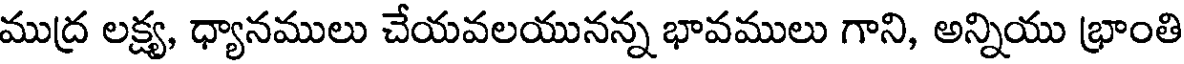
ముద్ర లక్ష్య, ధ్యానములు చేయవలయునన్న భావములు గాని, అన్నియు భ్రాంతి